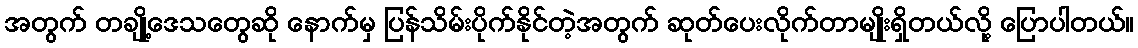
အတွက် တချို့ဒေသတွေဆို နောက်မှ ပြန်သိမ်းပိုက်နိုင်တဲ့အတွက် ဆုတ်ပေးလိုက်တာမျိုးရှိတယ်လို့ ပြောပါတယ်။